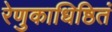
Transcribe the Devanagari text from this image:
रेणुकाधिष्ठितं